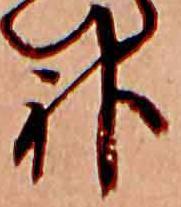
神